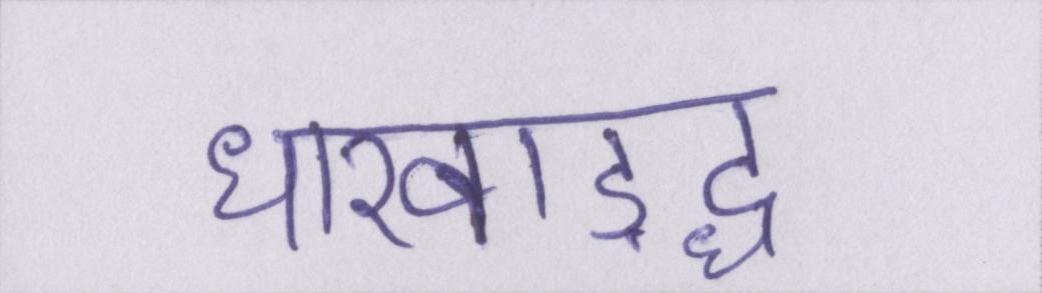
धारवाड़द्ध